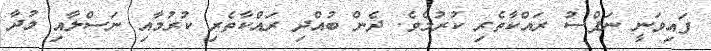
ފައިވަނީ ނަފްސު ރައްކާތެރި ކުރުމެވެ. ދެން ބުއްދި ރައްކާތެރި ކުރުމާއި ނަސްލާއި މުދާ